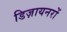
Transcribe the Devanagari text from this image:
डिज़ायनरों